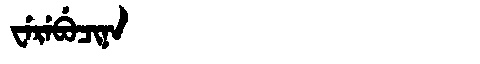
Manchu: ᠸᡝᡵᡝᠪᡠᠴᡳᠨᠠ
Romanization: WEREBUCINA